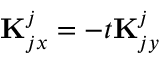
{ \bf K } _ { j x } ^ { j } = - t { \bf K } _ { j y } ^ { j }